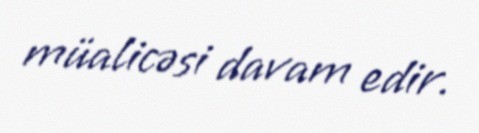
müalicəsi davam edir.